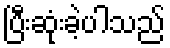
ပြီးဆုံးခဲ့ပါသည်